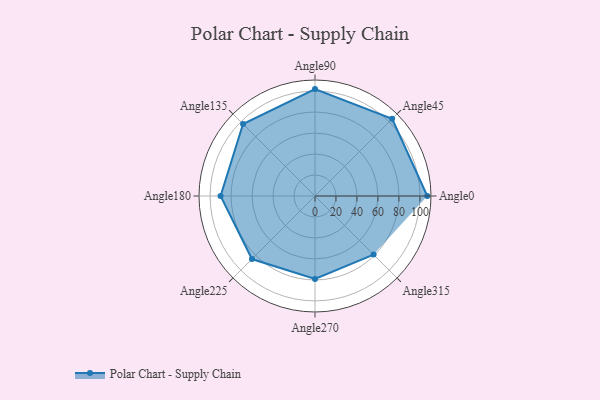
{"axis": {"x": "Angle", "y": "Radius"}, "legend": [""], "data": [{"x": "Angle0", "y": 107.0, "type": ""}, {"x": "Angle45", "y": 104.0, "type": ""}, {"x": "Angle90", "y": 102.0, "type": ""}, {"x": "Angle135", "y": 97.0, "type": ""}, {"x": "Angle180", "y": 90.0, "type": ""}, {"x": "Angle225", "y": 85.0, "type": ""}, {"x": "Angle270", "y": 79.0, "type": ""}, {"x": "Angle315", "y": 79.0, "type": ""}]}